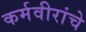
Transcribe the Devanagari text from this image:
कर्मवीरांचे